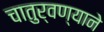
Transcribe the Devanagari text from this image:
चातुर्वण्याने